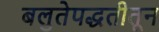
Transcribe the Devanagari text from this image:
बलुतेपद्धतीतून